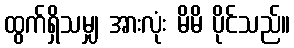
ထွက်ရှိသမျှ အားလုံး မိမိ ပိုင်သည်။